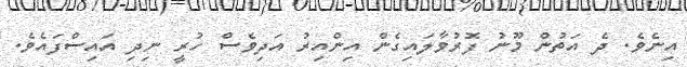
އިނެވެ. ދެ އަތުން މޫނު ފޮރުވާލައިގެން އިންއިރު އަދިވެސް ހުރީ ނިދި އައިސްފައެވެ.